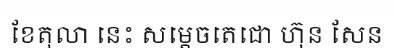
ខែតុលា នេះ សម្តេចតេជោ ហ៊ុន សែន